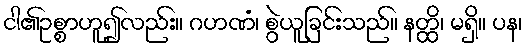
ငါ၏ဥစ္စာဟူ၍လည်း။ ဂဟဏံ၊ စွဲယူခြင်းသည်။ နတ္ထိ၊ မရှိ။ ပန၊